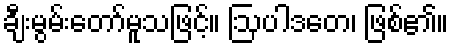
ချီးမွမ်းတော်မူသဖြင့်။ ဩပါဒတေ၊ ဖြစ်၏။